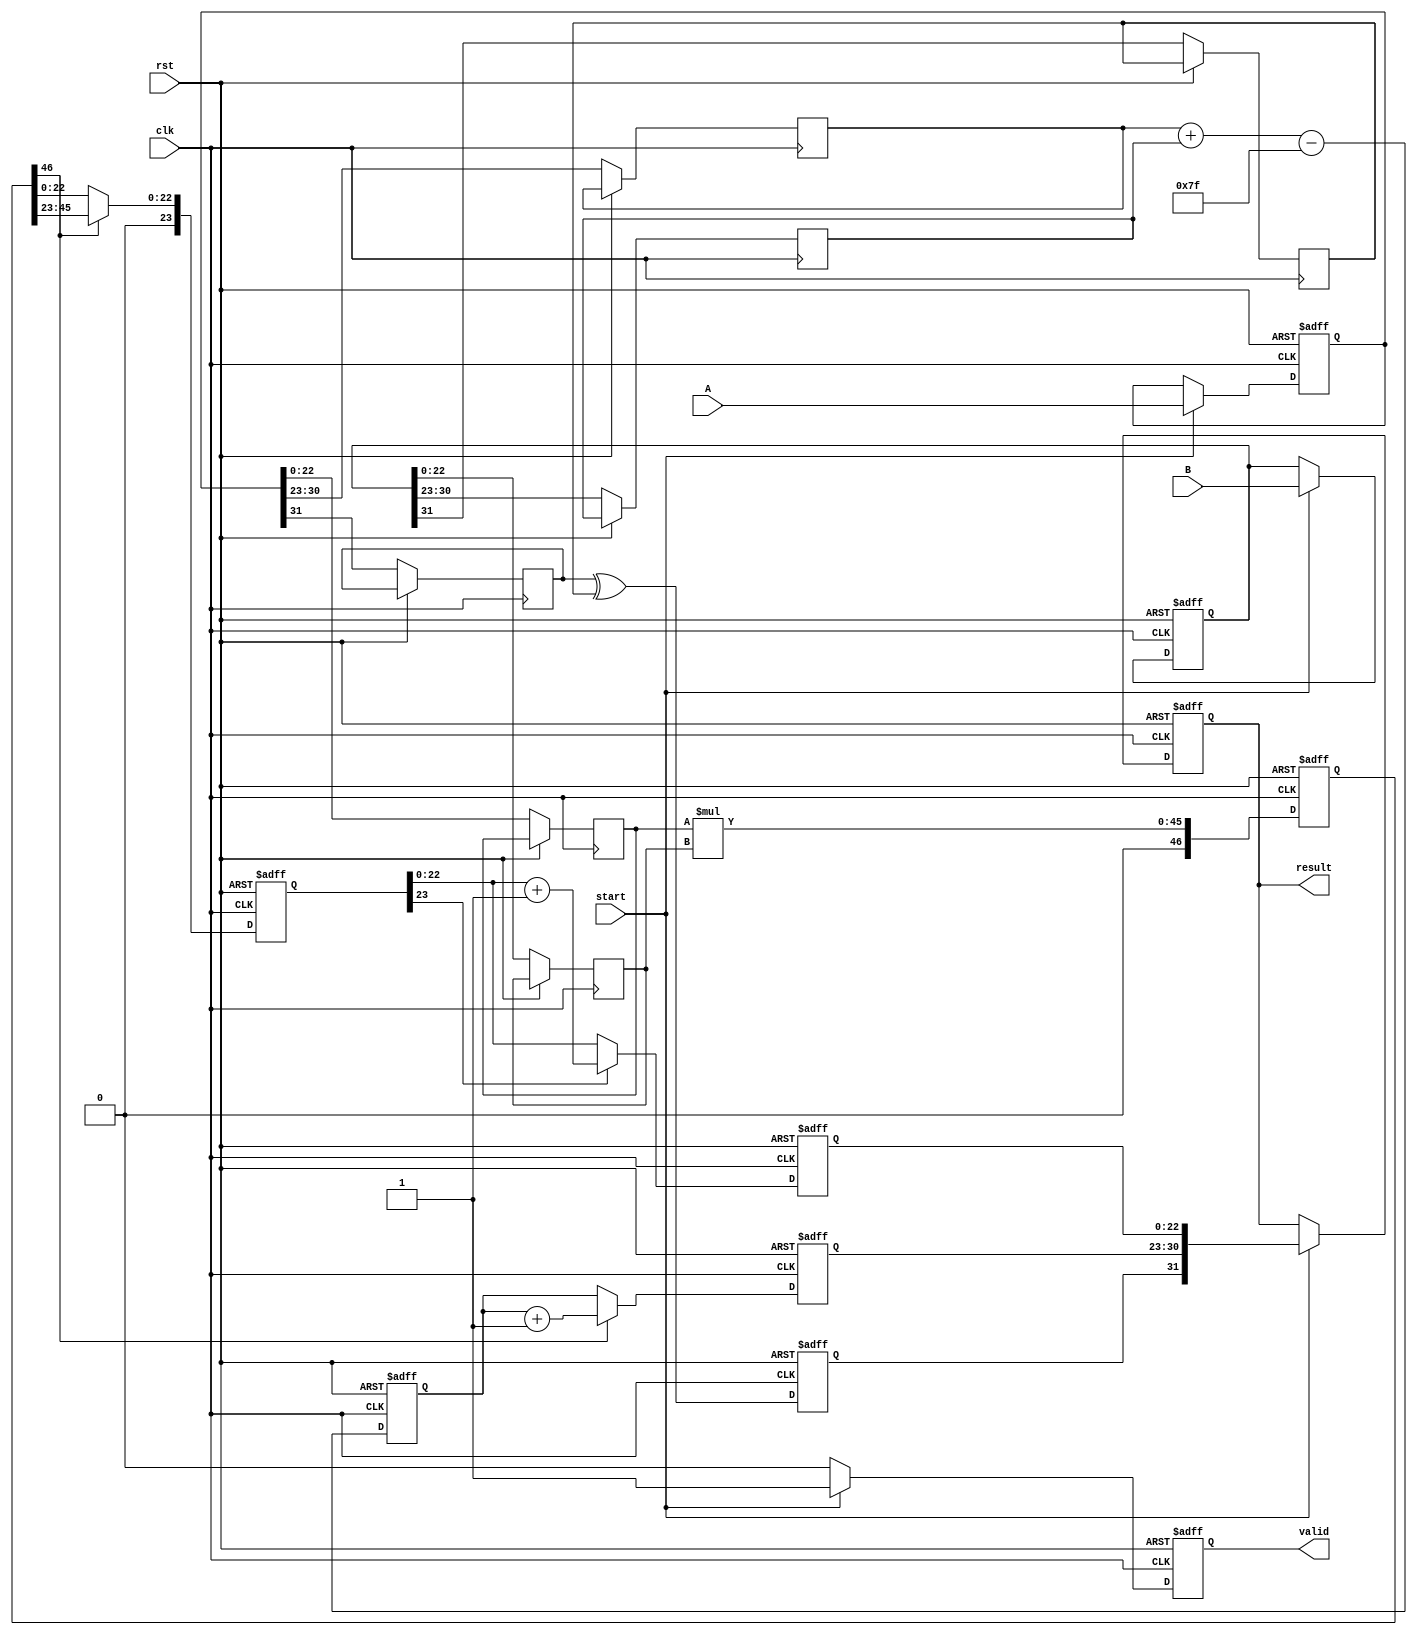
module fp_multiplier (
    input clk,
    input rst,
    input start,
    input [31:0] A, // 1 sign, 8 exponent, 23 mantissa
    input [31:0] B, // 1 sign, 8 exponent, 23 mantissa
    output reg [31:0] result,
    output reg valid
);
    // Constants
    localparam BIAS    = 127;
    localparam EXP_BITS = 8;
    localparam MANT_BITS = 23;

    // Internal registers
    reg [31:0] A_reg, B_reg;
    reg sign;
    reg [EXP_BITS-1:0] exponent;
    reg [2*MANT_BITS:0] mantissa; // To accommodate mantissa multiplication
    reg [MANT_BITS-1:0] mantissaA, mantissaB;
    reg [EXP_BITS-1:0] exponentA, exponentB;
    reg signA, signB;

    // Pipeline stages
    // Stage 1: Input Register
    always @(posedge clk or posedge rst) begin
        if (rst) begin
            A_reg <= 32'd0;
            B_reg <= 32'd0;
        end else if (start) begin
            A_reg <= A;
            B_reg <= B;
        end
    end

    // Stage 2: Sign Calculation
    always @(posedge clk or posedge rst) begin
        if (rst) begin
            sign <= 1'b0;
        end else begin
            signA <= A_reg[31];
            signB <= B_reg[31];
            sign <= signA ^ signB; // Result sign
        end
    end

    // Stage 3: Exponent Calculation
    always @(posedge clk or posedge rst) begin
        if (rst) begin
            exponent <= 8'd0;
        end else begin
            exponentA <= A_reg[30:23];
            exponentB <= B_reg[30:23];
            exponent <= (exponentA + exponentB) - BIAS; // Add exponents and subtract bias
        end
    end

    // Stage 4: Mantissa Multiplication
    always @(posedge clk or posedge rst) begin
        if (rst) begin
            mantissa <= 0;
        end else begin
            mantissaA <= {1'b1, A_reg[22:0]}; // Implicit leading 1
            mantissaB <= {1'b1, B_reg[22:0]}; // Implicit leading 1
            mantissa <= mantissaA * mantissaB; // Multiply mantissas
        end
    end

    // Stage 5: Normalization
    reg [MANT_BITS:0] normalized_mantissa;
    reg [EXP_BITS:0] final_exponent;

    always @(posedge clk or posedge rst) begin
        if (rst) begin
            normalized_mantissa <= 0;
            final_exponent <= 0;
        end else begin
            if (mantissa[2*MANT_BITS]) begin // if overflow in mantissa
                normalized_mantissa <= mantissa[2*MANT_BITS-1:MANT_BITS]; // Shift right
                final_exponent <= exponent + 1; // Increment exponent
            end else begin
                normalized_mantissa <= mantissa[MANT_BITS-1:0];
                final_exponent <= exponent;
            end
        end
    end

    // Stage 6: Rounding
    reg [MANT_BITS:0] rounded_mantissa;

    always @(posedge clk or posedge rst) begin
        if (rst) begin
            rounded_mantissa <= 0;
        end else begin
            // Simple rounding: if the bit right after mantissa is 1, we round up
            if (normalized_mantissa[MANT_BITS]) begin
                rounded_mantissa <= normalized_mantissa + 1'b1; // Round up
            end else begin
                rounded_mantissa <= normalized_mantissa[MANT_BITS-1:0]; // Keep as is
            end
        end
    end

    // Stage 7: Output Register
    always @(posedge clk or posedge rst) begin
        if (rst) begin
            result <= 32'd0;
            valid <= 1'b0;
        end else if (start) begin
            result <= {sign, final_exponent[EXP_BITS-1:0], rounded_mantissa[MANT_BITS-1:0]};
            valid <= 1'b1; // Indicate result is valid
        end else begin
            valid <= 1'b0; // Clear valid if not running
        end
    end

endmodule